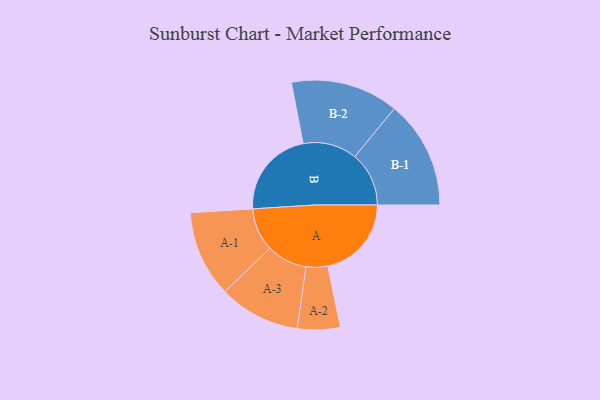
{"axis": {"x": "Segment", "y": "Value"}, "legend": ["", "A", "B"], "data": [{"x": "A", "y": 427, "type": ""}, {"x": "B", "y": 451, "type": ""}, {"x": "A-1", "y": 220, "type": "A"}, {"x": "A-2", "y": 109, "type": "A"}, {"x": "A-3", "y": 207, "type": "A"}, {"x": "B-1", "y": 276, "type": "B"}, {"x": "B-2", "y": 275, "type": "B"}]}